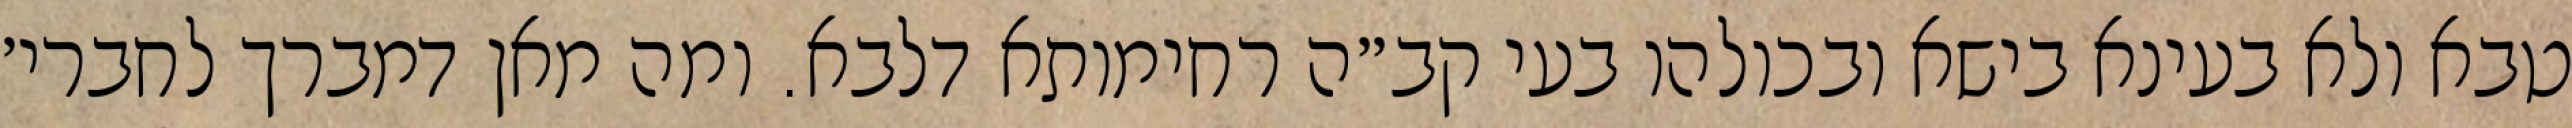
טבא ולא בעינא בישא ובכולהו בעי קב״ה רחימותא דלבא. ומה מאן דמברך לחברי׳